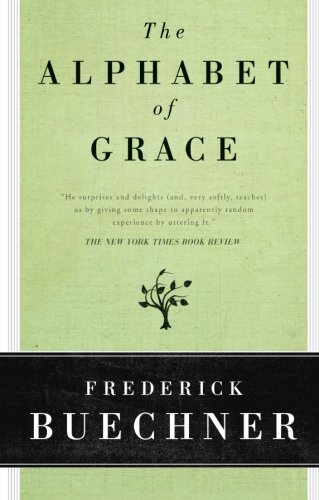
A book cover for The Alphabet of Grace; Frederick Buechner; Christian Books & Bibles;